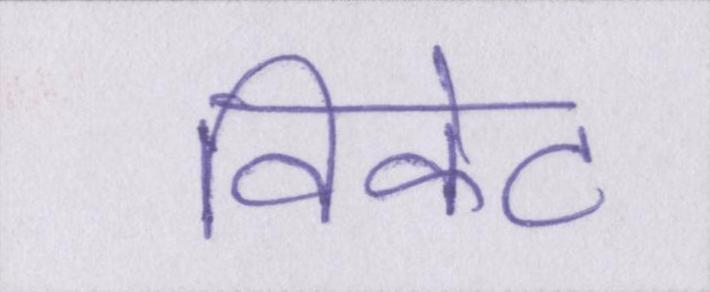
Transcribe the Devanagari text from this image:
विकेट